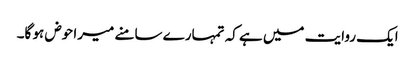
ایک روایت میں ہے کہ تمہارے سامنے میرا حوض ہو گا۔